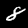
Label: 8